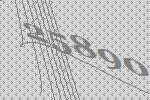
25890